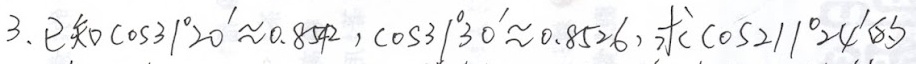
3. 已知\(\cos31^{\circ}20'\approx0.8542\)，\(\cos31^{\circ}30'\approx0.8526\)，求\(\cos211^{\circ}24'6''\)